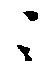
ニ